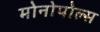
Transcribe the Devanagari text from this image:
मोनोपोल्स